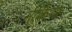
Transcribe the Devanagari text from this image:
नीकैया